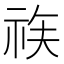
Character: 𱵉